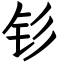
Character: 钐